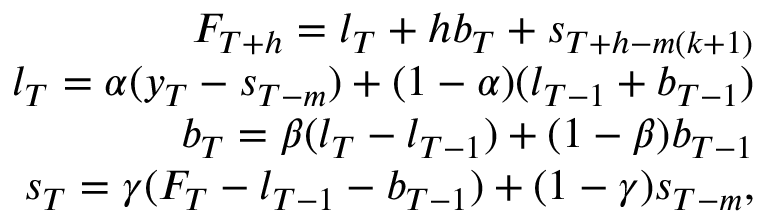
\begin{array} { r } { F _ { T + h } = l _ { T } + h b _ { T } + s _ { T + h - m ( k + 1 ) } } \\ { l _ { T } = \alpha ( y _ { T } - s _ { T - m } ) + ( 1 - \alpha ) ( l _ { T - 1 } + b _ { T - 1 } ) } \\ { b _ { T } = \beta ( l _ { T } - l _ { T - 1 } ) + ( 1 - \beta ) b _ { T - 1 } } \\ { s _ { T } = \gamma ( F _ { T } - l _ { T - 1 } - b _ { T - 1 } ) + ( 1 - \gamma ) s _ { T - m } , } \end{array}